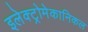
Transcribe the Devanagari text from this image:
इलेक्ट्रोमेकानिकल